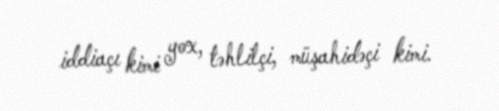
iddiaçı kimi yox, təhlilçi, müşahidəçi kimi.